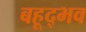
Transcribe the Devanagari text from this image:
बहूद्भव